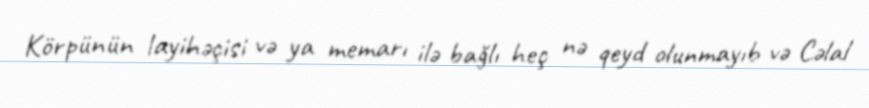
Körpünün layihəçisi və ya memarı ilə bağlı heç nə qeyd olunmayıb və Cəlal